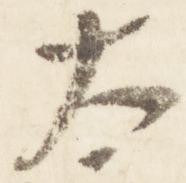
太